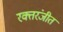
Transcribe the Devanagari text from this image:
रक्तरंजीत